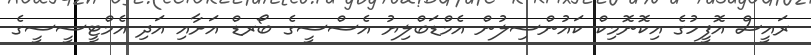
ރައީސް އޮފީހުގެ އިކޮނޮމިކް ކައުންސިލުން އެމްޑަބްލިޔު އެސްސީގެ ބޯރޑް އަށާއި އަދި އެމްޓީސީސީގެ